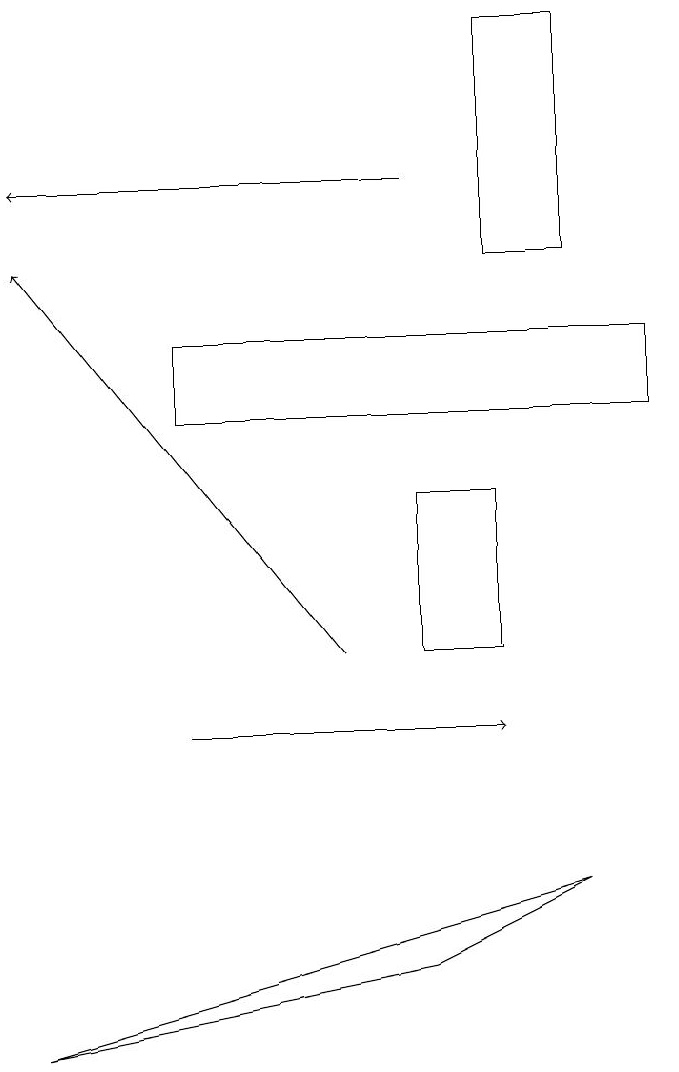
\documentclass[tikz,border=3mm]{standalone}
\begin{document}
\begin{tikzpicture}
\draw (6,13) rectangle (7,13);
\draw (3,14) rectangle (9,15);
\draw[->] (3,10) -- (7,10);
\draw (6,11) rectangle (7,13);
\draw (8,8) -- (6,7) -- (1,6) -- cycle;
\draw[->] (6,17) -- (1,17);
\draw[->] (5,11) -- (1,16);
\draw (7,16) rectangle (8,19);
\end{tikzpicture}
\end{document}